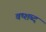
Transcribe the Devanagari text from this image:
वष्शब्द